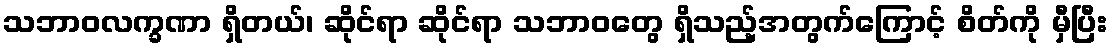
သဘာဝလက္ခဏာ ရှိတယ်၊ ဆိုင်ရာ ဆိုင်ရာ သဘာဝတွေ ရှိသည့်အတွက်ကြောင့် စိတ်ကို မှီပြီး